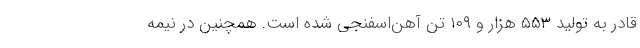
قادر به تولید ۵۵۳ هزار و ۱۰۹ تن آهن‌اسفنجی شده است. همچنین در نیمه